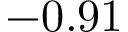
- 0 . 9 1